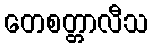
တေစတ္တာလီသ